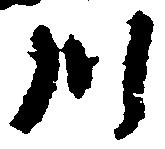
川